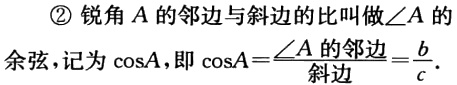
\textcircled{2} 锐角 \(A\) 的邻边与斜边的比叫做\(\angle A\) 的余弦，记为 \(\cos A\)，即 \(\cos A = \frac{\angle A\ 的邻边}{斜边}=\frac{b}{c}\).